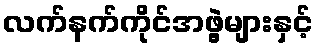
လက်နက်ကိုင်အဖွဲ့များနှင့်